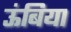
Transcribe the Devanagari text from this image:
ऊंबिया